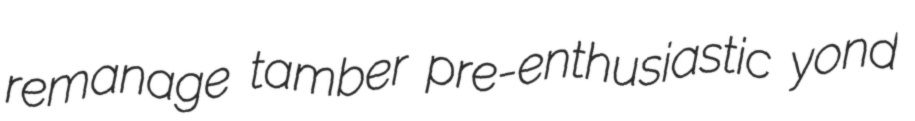
remanage tamber pre-enthusiastic yond